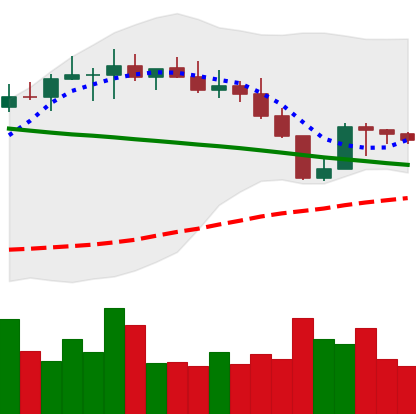
Ticker: BNB-USD
Chart end date: 2022-08-24
Forward return: -3.45%
Label: down_3_5